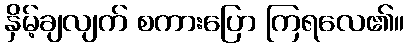
နှိမ့်ချလျက် စကားပြော ကြရလေ၏။